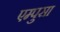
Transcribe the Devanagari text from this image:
एम्पुसा